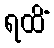
ရထိံ